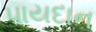
પાયદાન